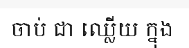
ចាប់ ជា ឈ្លើយ ក្នុង